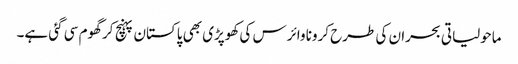
ماحولیاتی بحران کی طرح کرونا وائرس کی کھوپڑی بھی پاکستان پہنچ کر گھوم سی گئی ہے۔